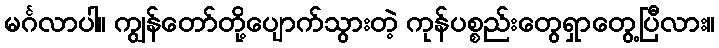
မင်္ဂလာပါ။ ကျွန်တော်တို့ပျောက်သွားတဲ့ ကုန်ပစ္စည်းတွေရှာတွေ့ပြီလား။